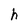
Character: h